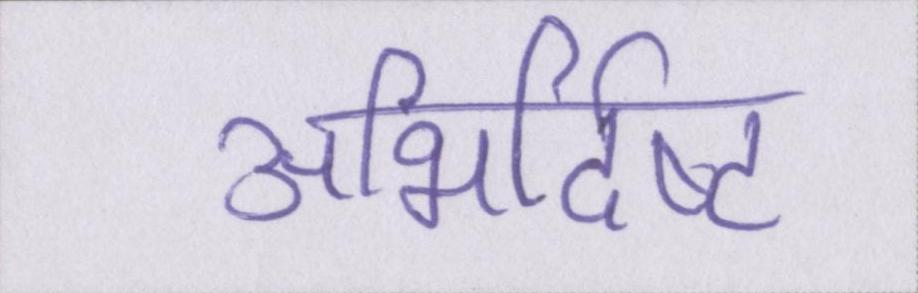
अभिर्दिष्ट